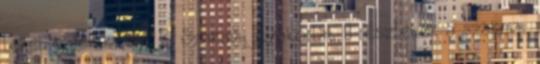
lehet tájékozódni. B. Szakmai gyakorlat – részletek a szakmai